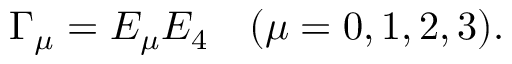
\Gamma _ { \mu } = E _ { \mu } E _ { 4 } \, \, \, \, \, \, ( \mu = 0 , 1 , 2 , 3 ) .